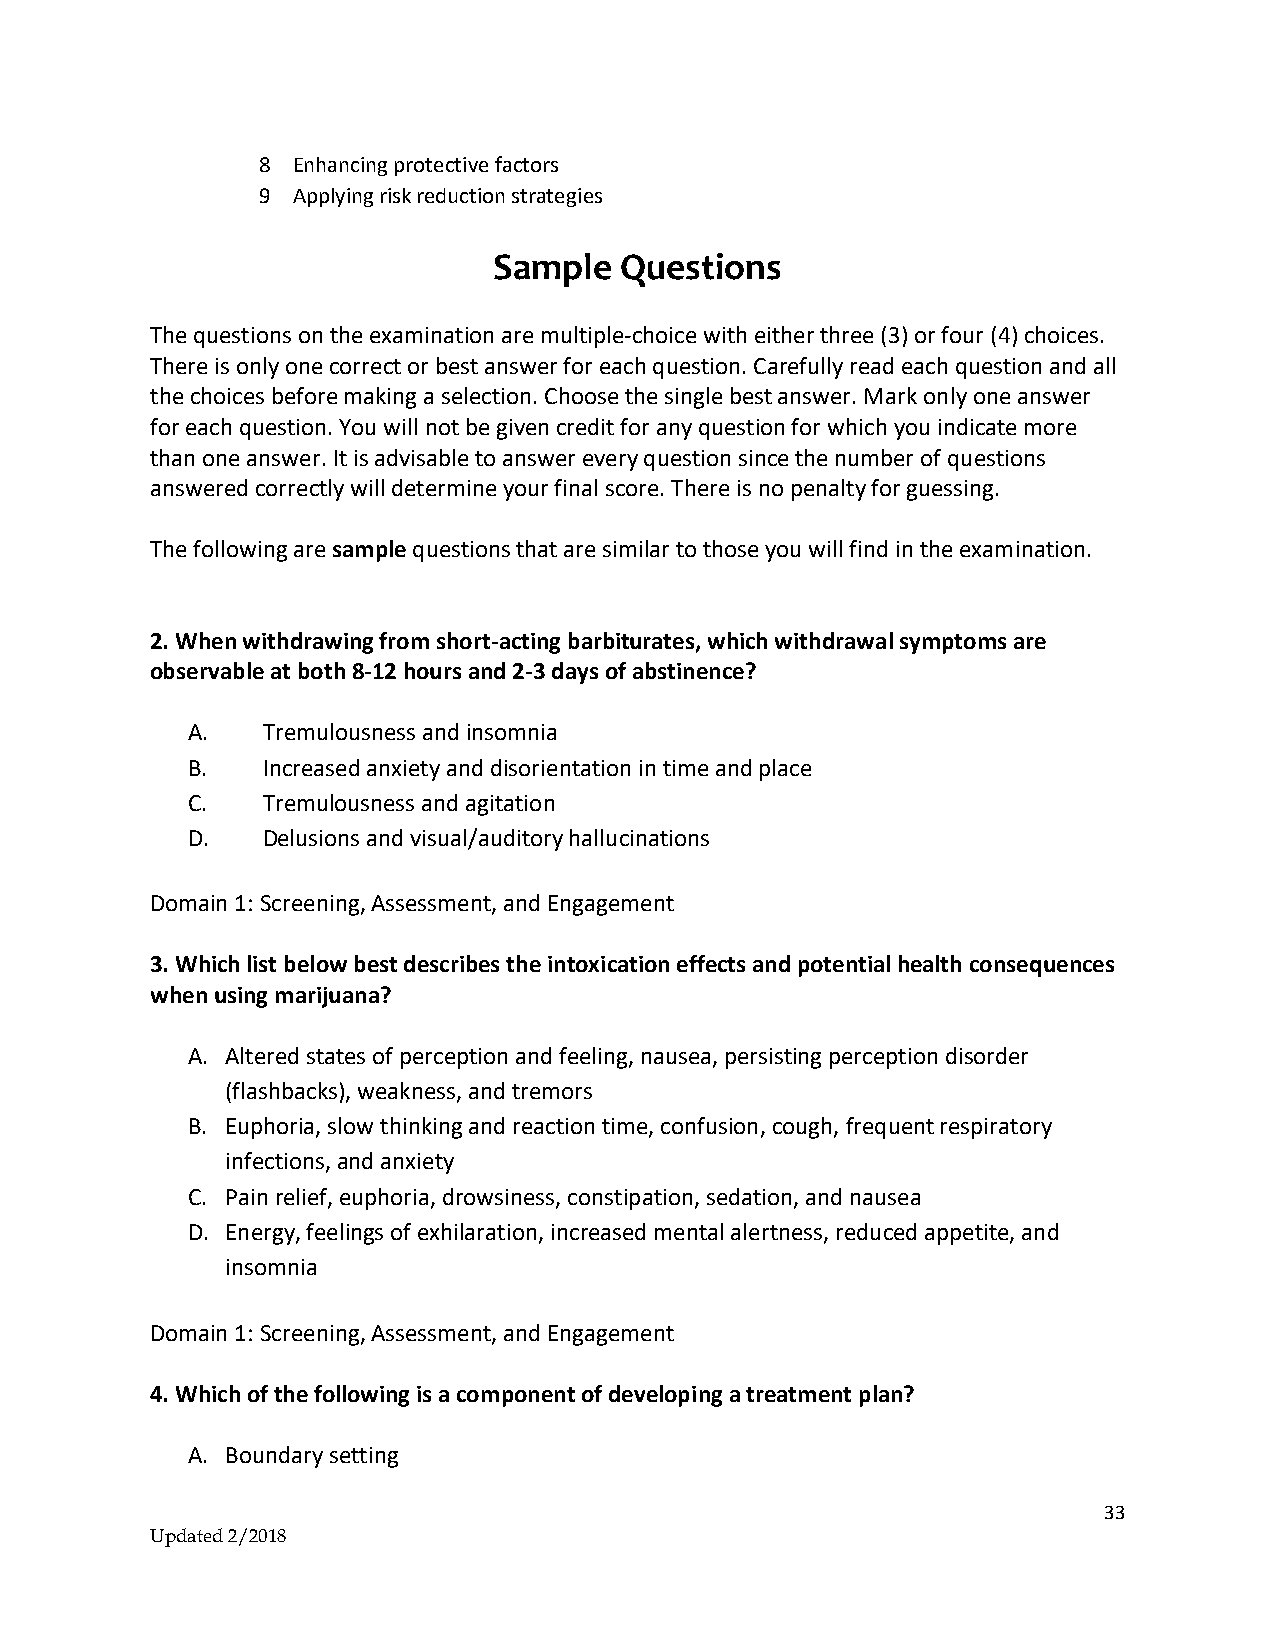
8 Enhancing protective factors
 9 Applying risk reduction strategies
 Sample  Questions
 The questions on the examination are multiple‐choice with either three (3) or four (4) choices.
 There is only one correct or best answer for each question. Carefully read each question and all
 the choices before making a selection. Choose the single best answer. Mark only one answer
 for each question. You will not be given credit for any question for which you indicate more
 than one answer. It is advisable to answer every question since the number of questions
 answered correctly will determine your final score. There is no penalty for guessing.
 The following are sample questions that are similar to those you will find in the examination.
 2. When withdrawing from short-acting barbiturates, which withdrawal symptoms are
 observable at both 8-12 hours and 2-3 days of abstinence?
 A.   Tremulousness and insomnia
 B.   Increased anxiety and disorientation in time and place
 C.   Tremulousness and agitation
 D.   Delusions and visual/auditory hallucinations
 Domain 1: Screening, Assessment, and Engagement
 3. Which list below best describes the intoxication effects and potential health consequences
 when using marijuana?
 A. Altered states of perception and feeling, nausea, persisting perception disorder
 (flashbacks), weakness, and tremors
 B. Euphoria, slow thinking and reaction time, confusion, cough, frequent respiratory
 infections, and anxiety
 C. Pain relief, euphoria, drowsiness, constipation, sedation, and nausea
 D. Energy, feelings of exhilaration, increased mental alertness, reduced appetite, and
 insomnia
 Domain 1: Screening, Assessment, and Engagement
 4. Which of the following is a component of developing a treatment plan?
 A. Boundary setting
 33
 Updated 2/2018